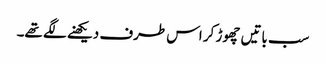
سب باتیں چھوڑ کر اس طرف دیکھنے لگے تھے۔